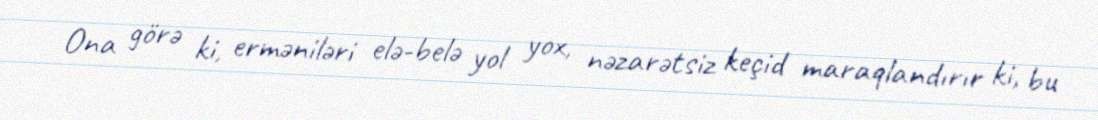
Ona görə ki, erməniləri elə-belə yol yox, nəzarətsiz keçid maraqlandırır ki, bu